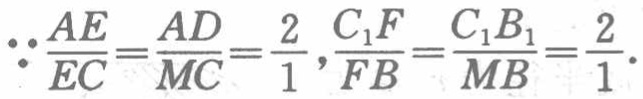
\(\therefore \frac{AE}{EC}=\frac{AD}{MC}=\frac{2}{1},\frac{C_{1}F}{FB}=\frac{C_{1}B_{1}}{MB}=\frac{2}{1}\).